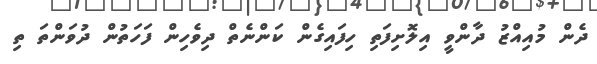
ދެން މުއިއްޒު ދާންވީ އިލޮށިފަތި ހިފައިގެން ކަންނެތް ދިވެހިން ފަހަތުން ދުވަންތަ ތި